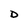
Character: D